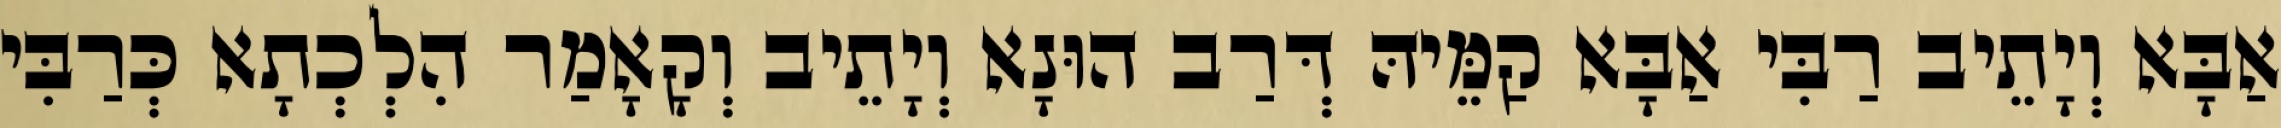
אַבָּא וְיָתֵיב רַבִּי אַבָּא קַמֵּיהּ דְּרַב הוּנָא וְיָתֵיב וְקָאָמַר הִלְכְתָא כְּרַבִּי